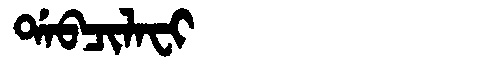
Manchu: ᡩᠠᠪᠴᡳᠯᠠᠸᡳ
Romanization: DABCILAFI